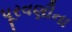
પૂરવણીના